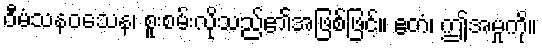
ဝီမံသနဝသေန၊ စူးစမ်းလိုသည်၏အဖြစ်ဖြင့်။ ဧတံ၊ ဤအမှုကို။